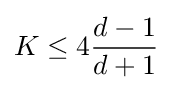
K\leq 4{\frac {d-1}{d+1}}